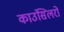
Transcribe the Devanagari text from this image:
काउंसिलरों